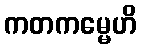
ကတကမ္မေဟိ